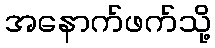
အနောက်ဖက်သို့